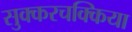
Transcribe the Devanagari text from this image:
सुक्करचक्किया